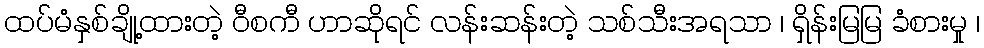
ထပ်မံနှစ်ချို့ထားတဲ့ ဝီစကီ ဟာဆိုရင် လန်းဆန်းတဲ့ သစ်သီးအရသာ ၊ ရှိန်းမြမြ ခံစားမှု ၊